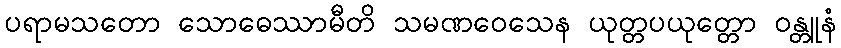
ပရာမသတော သောဓေဿာမီတိ သမဏဝေသေန ယုတ္တပယုတ္တော ဝန္တူနံ